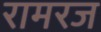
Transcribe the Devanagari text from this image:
रामरज